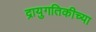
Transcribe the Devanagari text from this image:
द्रायुगतिकीच्या